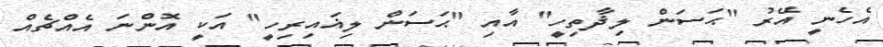
އެހެނީ އޭރު "ޙަސަން ލިޛާތިހީ" އާއި "ޙަސަން ލިޣައިރިހީ" އަކީ އޮންނަ އެއްޗެއް